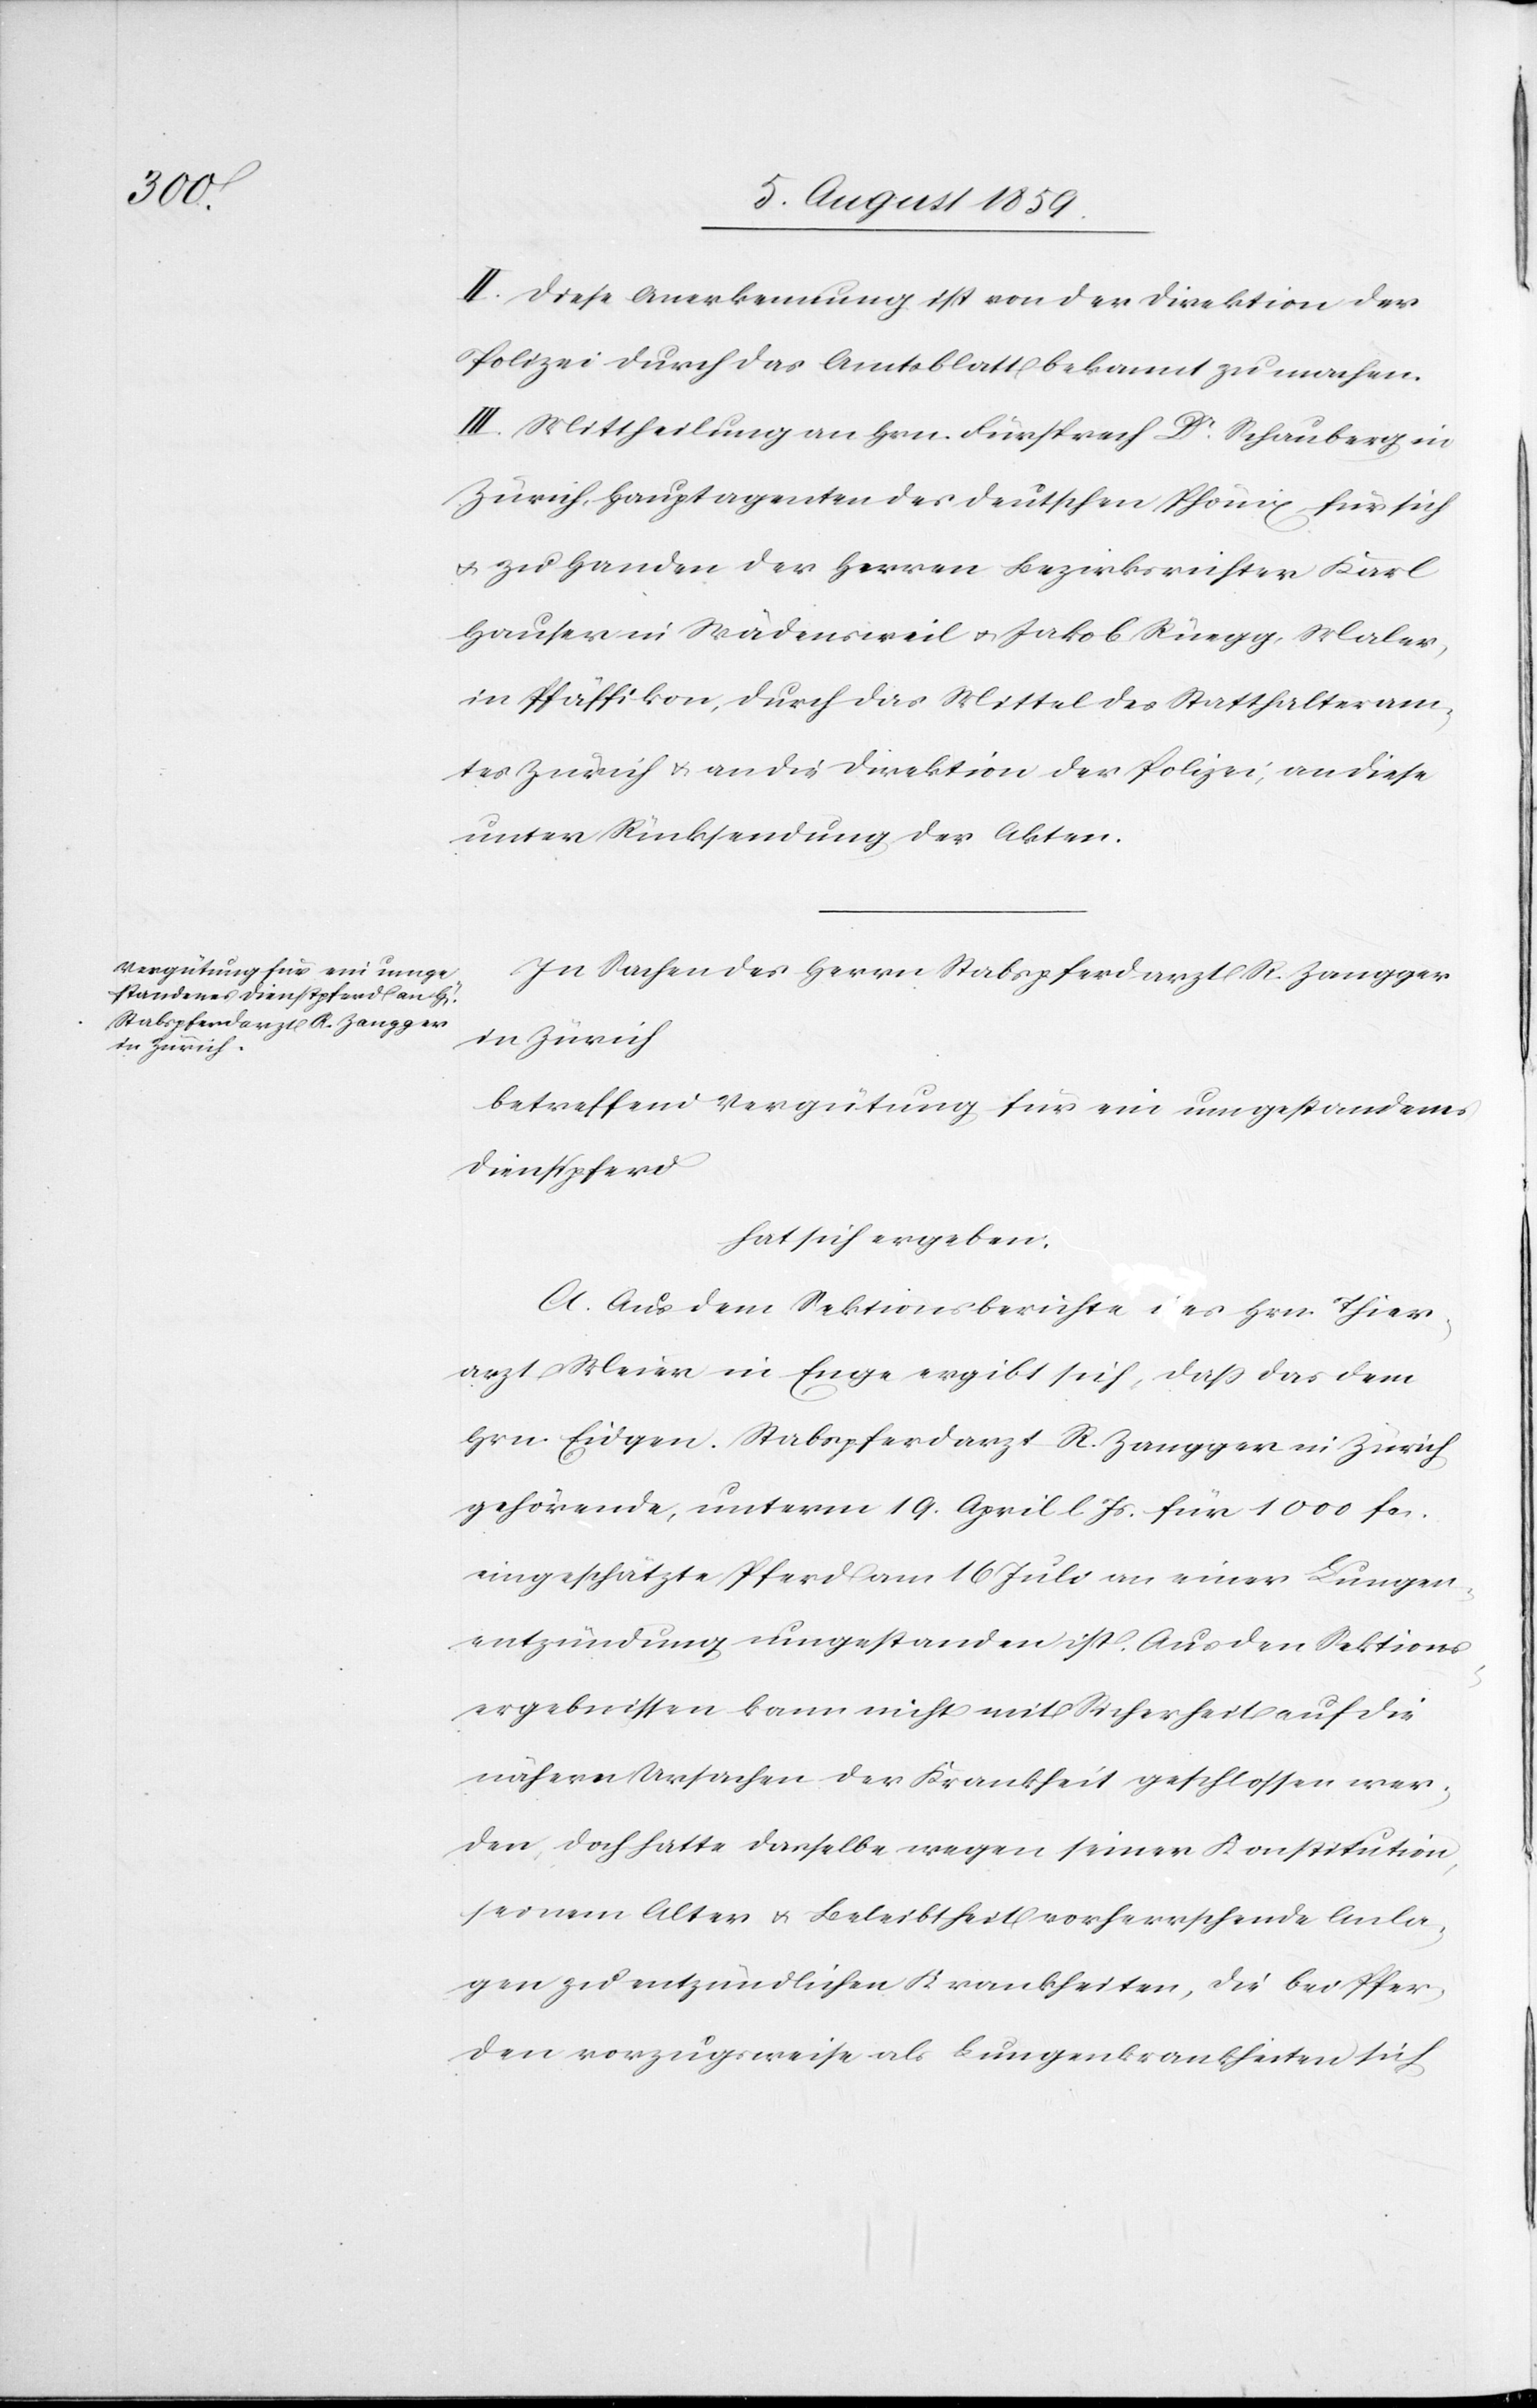
II. Diese Anerkennung ist von der Direktion der
Polizei durch das Amtsblatt bekannt zu machen.
III. Mittheilung an Hrn. Fürsprech Dr. Schauberg in
Zürich, Hauptagenten des deutschen Phönix für sich
u. zu Handen der Herren Bezirksrichter Karl
Hauser in Wädensweil u. Jakob Rüegg, Maler,
in Pfäffikon, durch das Mittel des Statthalteram¬
tes Zürich u. an die Direktion der Polizei, an diese
unter Rücksendung der Akten.
In Sachen des Herrn Stabspferdarzt R. Zangger
in Zürich
betreffend Vergütung für ein umgestandenes
Dienstpferd
hat sich ergeben.
A. Aus dem Sektionsberichte des Hrn. Thier¬
arzt Meier in Enge ergibt sich, daß das dem
Hrn. Eidgen. Stabspferdarzt R. Zangger in Zürich
gehörende, unterm 19. April l. Js. für 1000 fcs.
eingeschätzte Pferd am 16 Juli an einer Lungen¬
entzündung umgestanden ist. Aus den Sektions¬
ergebnissen kann nicht mit Sicherheit auf die
nähern Ursachen der Krankheit geschlossen wer¬
den, doch hatte derselbe wegen seiner Konstitution,
seinem Alter u. Beleibtheit vorherrschende Anla¬
gen zu entzündlichen Krankheiten, die bei Pfer¬
den vorzugsweise als Lungenkrankheit sich